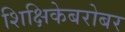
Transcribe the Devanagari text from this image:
शिक्षिकेबरोबर